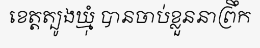
ខេត្តត្បូងឃ្មុំ បានចាប់ខ្លួននាព្រឹក